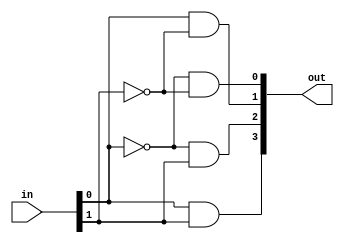
module Decode24 ( out , in ) ;
  input [ 1 : 0 ] in ;
  output [ 3 : 0 ] out ; //Decode takes in a binary number and switches to that number path
  wire nt1,nt2;
  
  not not1(nt1, in[0]);  // zero check
  not not2(nt2, in[1]);
   
  and and1(out[0], nt1,nt2); // checks if both inputs are zero for path 0
  and and2(out[1], in[0],nt2); //checks if input is 0 1 for path 1
  and and3(out[2], nt1,in[1]); //checks if input is 1 0 for path 2
  and and4(out[3], in[0],in[1]); // checks if input is 11 for path 3
  
  endmodule